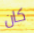
كان